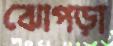
ঝোপড়া